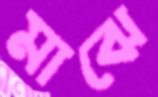
মাঝে